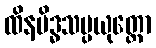
ထိနမိဒ္ဓသမ္ပယုတ္တော